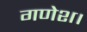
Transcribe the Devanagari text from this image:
गणेश।